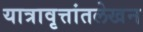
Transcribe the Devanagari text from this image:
यात्रावृत्तांतलेखन